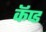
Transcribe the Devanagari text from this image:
कॅप्ड